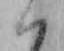
ハ